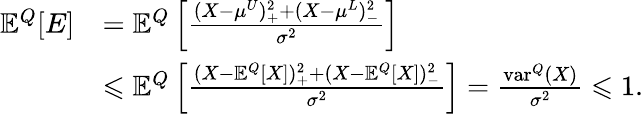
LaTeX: \begin{array}{rl}{\mathbb{E}^{Q}[E]}&{=\mathbb{E}^{Q}\left[\frac{(X-\mu^{U})_{+}^{2}+(X-\mu^{L})_{-}^{2}}{\sigma^{2}}\right]}\\ &{\leqslant\mathbb{E}^{Q}\left[\frac{(X-\mathbb{E}^{Q}[X])_{+}^{2}+(X-\mathbb{E}^{Q}[X])_{-}^{2}}{\sigma^{2}}\right]=\frac{\mathrm{var}^{Q}(X)}{\sigma^{2}}\leqslant 1.}\end{array}